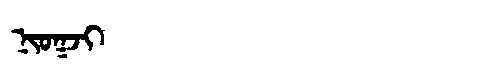
Manchu: ᠨᡳᠣᡴᠵᡳ
Romanization: NIOKJI